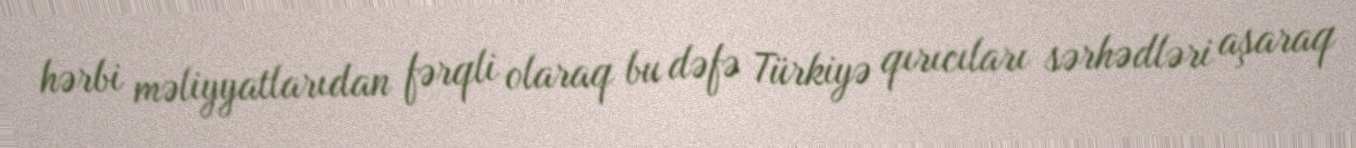
hərbi məliyyatlarıdan fərqli olaraq bu dəfə Türkiyə qırıcıları sərhədləri aşaraq